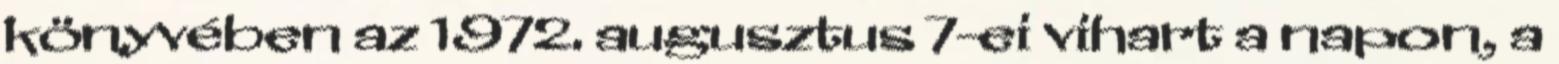
könyvében az 1972. augusztus 7-ei vihart a napon, a